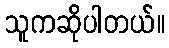
သူကဆိုပါတယ်။